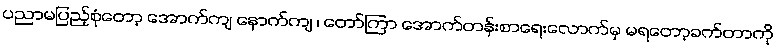
ပညာမပြည့်စုံတော့ အောက်ကျ နောက်ကျ ၊ တော်ကြာ အောက်တန်းစာရေးလောက်မှ မရတော့ခက်တာကို